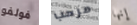
فولفو مرحب إنها